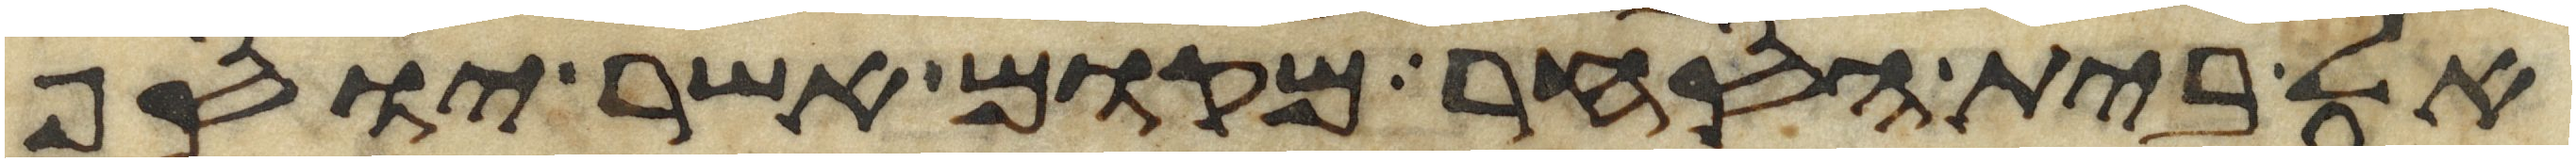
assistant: אל בית הסחר מקום אשר יוסף